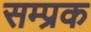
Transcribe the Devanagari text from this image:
सम्प्रक